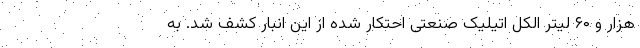
هزار و ۶۰ لیتر الکل اتیلیک صنعتی احتکار شده از این انبار کشف شد. به